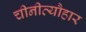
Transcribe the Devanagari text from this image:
चीनीत्यौहार